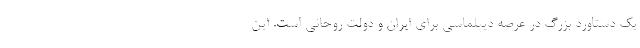
یک دستاورد بزرگ در عرصه دیپلماسی برای ایران و دولت روحانی است. این